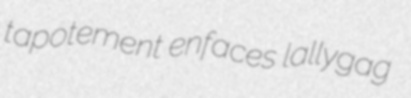
tapotement enfaces lallygag